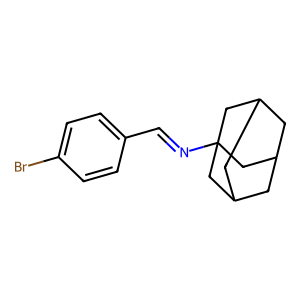
SMILES: Brc1ccc(C=NC23CC4CC(CC(C4)C2)C3)cc1
Inhibits HIV replication: No